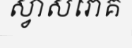
ស្វាសរោគ